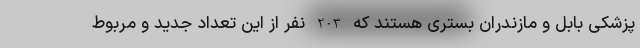
پزشکی بابل و مازندران بستری هستند که 203 نفر از این تعداد جدید و مربوط